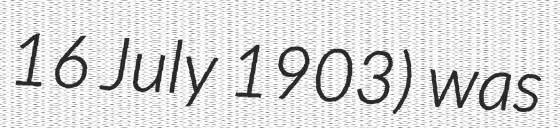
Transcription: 16 July 1903) was